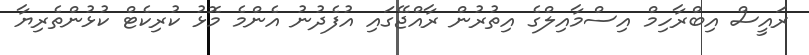
ރައީސް އިބްރާހިމް އިސްމާއިލްގެ އިތުރުން ރާއްޖޭގައި އުފެދުނު އެންމެ މޮޅު ކުރިކެޓް ކުޅުންތެރިޔާ